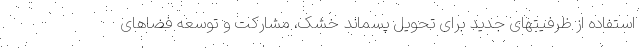
استفاده از ظرفیتهای جدید برای تحویل پسماند خشک، مشارکت و توسعه فضاهای